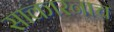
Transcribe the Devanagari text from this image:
साकारनाच